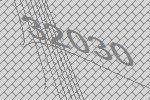
32030